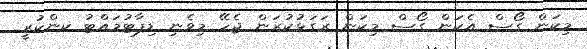
މިކަން ގޯސް އެކަން ގޯސް މިކަން ރަގަޅުކުރަން ޖެހޭ މިވެނި ޑިޕާޓުމައްޓު ކންކުރީ